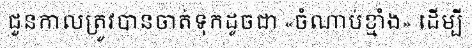
ជួនកាលត្រូវបានចាត់ទុកដូចជា «ចំណាប់ខ្មាំង» ដើម្បី